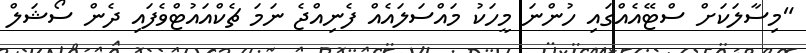
"މިސާލަކަށް ސްޓޭއެއްގައި ހުންނަ މީހަކު މައްސަލައެއް ފެނިއްޖެ ނަމަ ޗެކްއައުޓްވެފައި ދެން ސޯޝަލް